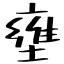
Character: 壅